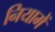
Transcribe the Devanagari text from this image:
नियामें